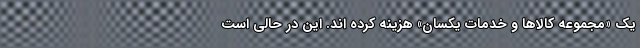
یک «مجموعه کالاها و خدمات یکسان» هزینه کرده­ اند. این در حالی است